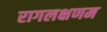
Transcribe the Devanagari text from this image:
रागलक्षणम